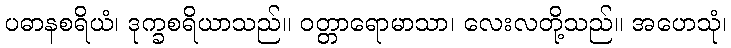
ပဓာနစရိယံ၊ ဒုက္ခစရိယာသည်။ ဝတ္တာရောမာသာ၊ လေးလတို့သည်။ အဟေသုံ၊